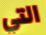
التي